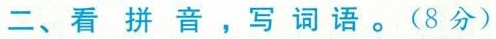
二、看拼音，写词语。(8分)